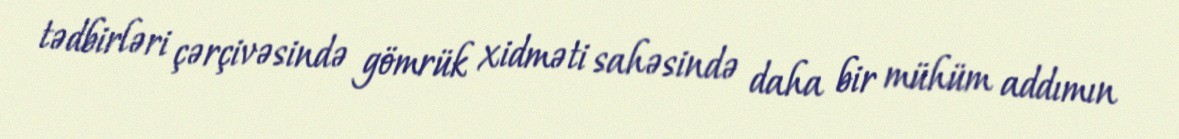
tədbirləri çərçivəsində gömrük xidməti sahəsində daha bir mühüm addımın